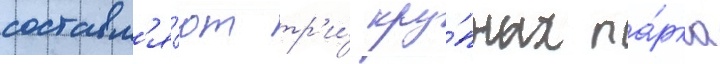
составл'я́ют тр'и́ кру́пных па́рка